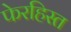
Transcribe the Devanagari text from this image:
फेरहिस्त